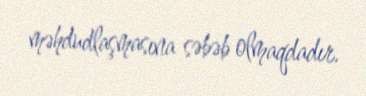
məhdudlaşmasına səbəb olmaqdadır.